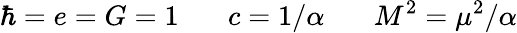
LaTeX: \hbar=e=G=1~~~~~~~c=1/\alpha~~~~~~~M^{2}=\mu^{2}/\alpha